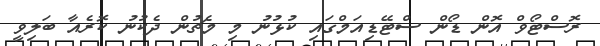
ރޮސްޓޯވް އޮން ޑޯން ސްޓޭޑިއަމްގައި ކުޅުނު މި މެޗުން ދެކުނު ކޮރެއާ ބަލިވީ